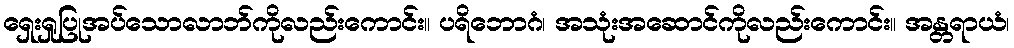
ရှေးရှုပြုအပ်သောလာဘ်ကိုလည်းကောင်း။ ပရိဘောဂံ၊ အသုံးအဆောင်ကိုလည်းကောင်း။ အန္တရာယံ၊